Leaving Certificate Examination (including Day School Certificate (Higher) General paper), 1933
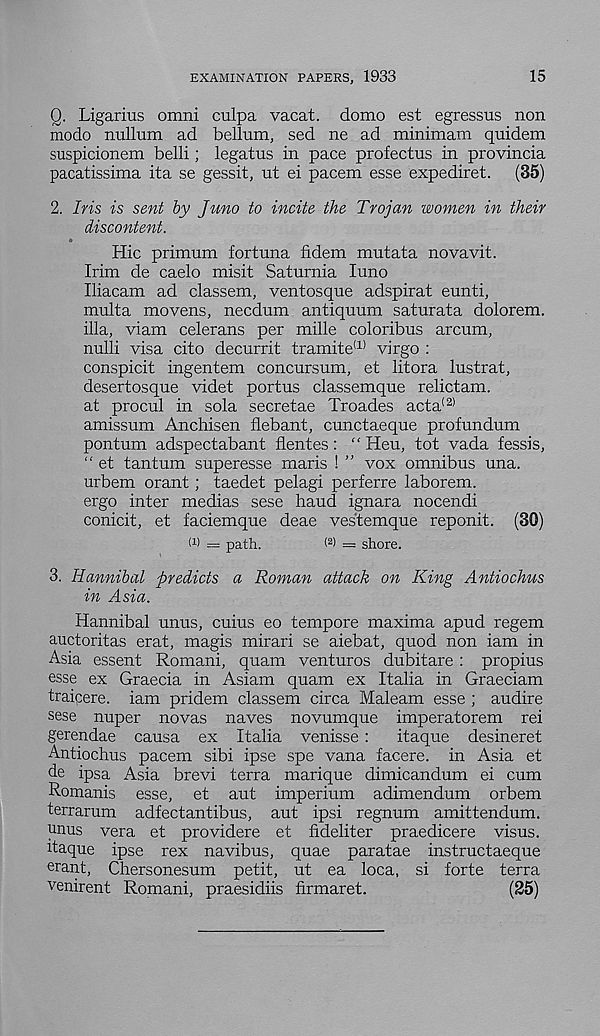
EXAMINATION PAPERS, 1933
15
Q. Ligarius omni culpa vacat. domo est egressus non
modo nullum ad bellum, sed ne ad minimam quidem
suspicionem belli; legatus in pace profectus in provincia
pacatissima ita se gessit, ut ei pacem esse expediret. (35)
2. Iris is sent by Juno to incite the Trojan women in their
discontent.
Hie primum fortuna fidem mutata novavit.
Irim de caelo misit Saturnia luno
Iliacam ad classem, ventosque adspirat eunti,
multa movens, necdum antiquum saturata dolorem.
ilia, viam celerans per mille coloribus arcum,
nulli visa cito decurrit tramite (1) virgo :
conspicit ingentem concursum, et litora lustrat,
desertosque videt portus classemque relictam.
at procul in sola secretae Troades acta (2)
amissum Anchisen flebant, cunctaeque profundum
pontum adspectabant flentes: “ Heu, tot vada fessis,
“ et tan turn superesse maris ! ” vox omnibus una.
urbem orant; taedet pelagi perferre laborem.
ergo inter medias sese baud ignara nocendi
conicit, et faciemque deae vestemque reponit. (30)
(i) = path.
( 2 > = shore.
3. Hannibal predicts a Roman attack on King Antiochus
in Asia.
Hannibal unus, cuius eo tempore maxima apud regem
auctoritas erat, magis mirari se aiebat, quod non iam in
Asia essent Romani, quam ventures dubitare : propius
esse ex Graecia in Asiam quam ex Italia in Graeciam
traicere. iam pridem classem circa Maleam esse ; audire
sese nuper novas naves novumque imperatorem rei
gerendae causa ex Italia venisse : itaque desineret
Antiochus pacem sibi ipse spe vana facere. in Asia et
de ipsa Asia brevi terra marique dimicandum ei cum
Romanis esse, et aut imperium adimendum orbem
terrarum adfectantibus, aut ipsi regnum amittendum.
unus vera et providere et fideliter praedicere visus.
itaque ipse rex navibus, quae paratae instructaeque
erant, Chersonesum petit, ut ea loca, si forte terra
venirent Romani, praesidiis firmaret.
(25)